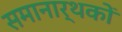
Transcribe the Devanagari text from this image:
समानार्थकों